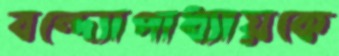
বন্দ্যোপাধ্যায়কে